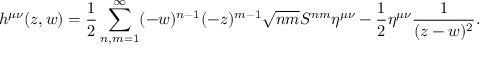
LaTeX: h ^ { \mu \nu } ( z , w ) = \frac { 1 } { 2 } \sum _ { n , m = 1 } ^ { \infty } ( - w ) ^ { n - 1 } ( - z ) ^ { m - 1 } \sqrt { n m } S ^ { n m } \eta ^ { \mu \nu } - \frac { 1 } { 2 } \eta ^ { \mu \nu } \frac { 1 } { ( z - w ) ^ { 2 } } .